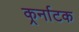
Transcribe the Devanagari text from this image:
कर्र्नाटक